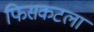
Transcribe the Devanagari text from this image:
फिसकटला